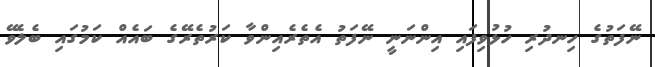
ނޭފަތުގެ ހިނދުރި ހުޅުވިފައި އިންނަނީ ނޭފަތު އެތެރެއިންވާ ކަރުތެރޭގެ ބައެއް ކަމުގައި ބެލެވޭ